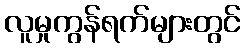
လူမှုကွန်ရက်များတွင်